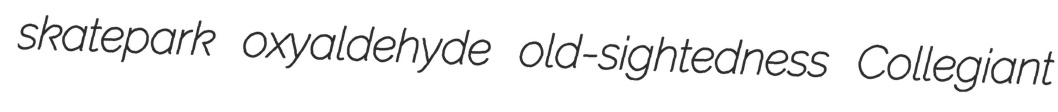
skatepark oxyaldehyde old-sightedness Collegiant